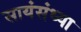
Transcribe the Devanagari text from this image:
सायंसंध्या